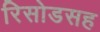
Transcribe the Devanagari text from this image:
रिसोडसह